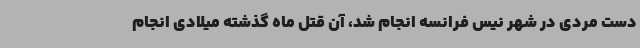
دست مردی در شهر نیس فرانسه انجام شد، آن قتل ماه گذشته میلادی انجام